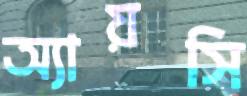
অ্যায়সি